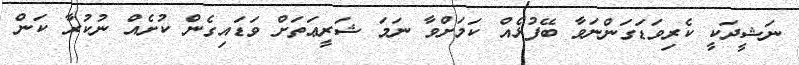
ނަޝީދަކީ ކެރިވަޑަގަންނަވާ ބޭފުޅެއް ކަމަށްވާ ނަމަ ޝަރީޢަތަށް ވަޑައިގެން ކުށެއް ނުކުރާ ކަން